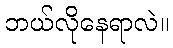
ဘယ်လိုနေရာလဲ။